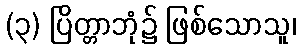
(၃) ပြိတ္တာဘုံ၌ ဖြစ်သောသူ၊